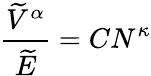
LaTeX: \frac{\widetilde V^{\alpha}}{\widetilde E}=CN^{\kappa}